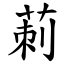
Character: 莿